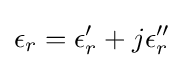
\epsilon _{r}=\epsilon _{r}'+j\epsilon _{r}''